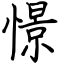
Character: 憬